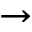
\to